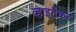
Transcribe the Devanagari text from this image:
व्हाइटैकर